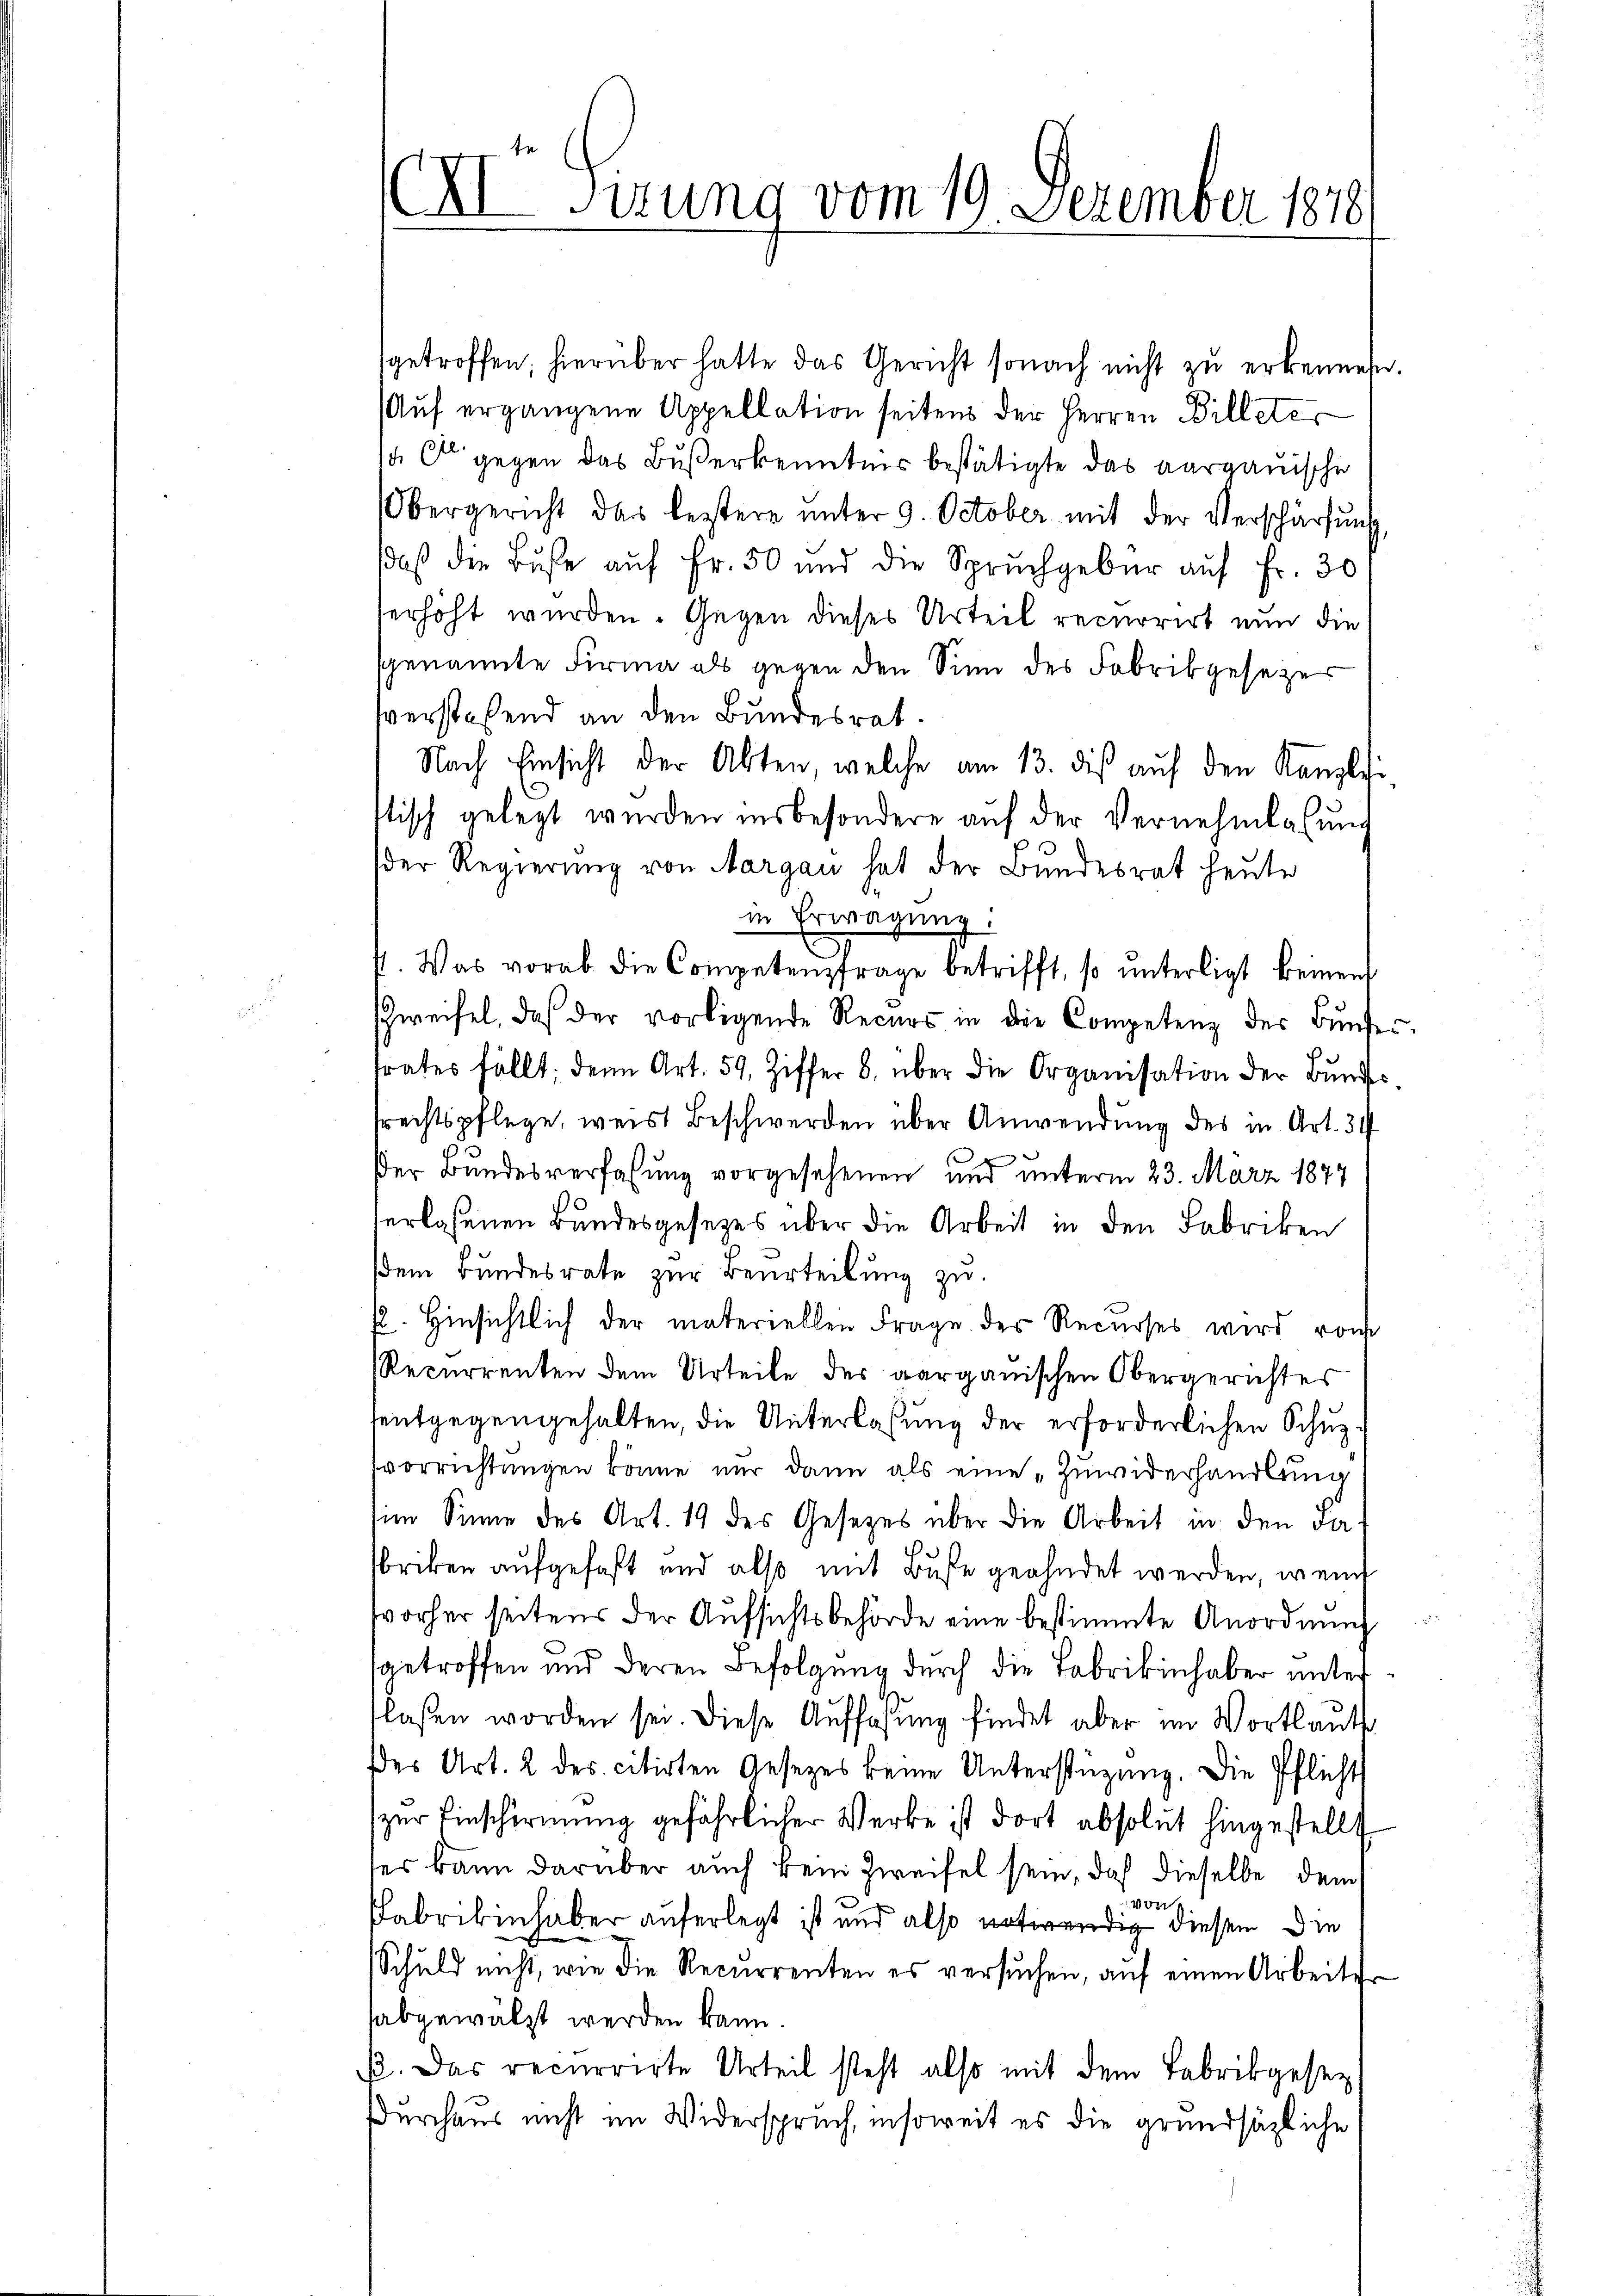
sgetroffen, hierüber hatte das Gericht sonach nicht zŭ erkennen.
Auf ergangene Appellation seitens der Herren Billeter
14. O gegen das Bußerkenntnis bestätigte das aargauische
Obergericht das leztere ŭnter 9. October mit der Verschärfung
daß die Buße auf Fr. 50 und die Spruchgeber auf Fr. 30
erhöht wurden. Gegen dieses Urteil recurrirt nun die
sgenannte Firma als gegen den Sinn des Fabrikgesezer
sverstehend an den Bundesrat.
Nach Einsicht der Akten, welche am 13. dieß auf den Kanzlei
tisch gelegt wurden insbesondere auf der Vernehmlassung
der Regierung von Margau hat der Bundesrat heute
in Erwägung.
I. Was vorab die Competenzfrage betrifft, so ŭnterligt keinen
zweifel, daß der vorligende Recurs in die Competenz des Bunder.
trates fällt; denn Art. 59, Ziffer 8. über die Organisation der Bundes
rechtspflege, weist Beschwerden über Anwendung des in Art. 34
ser Bundesverfassung vorgesehenen und unterm 23. März 1874
verlassenen Bundesgesetzes über die Arbeit in den Fabriken
dem Bundesrate zur Beurteilung zu.
. Hinsichtlich der materiellen Frage des Recurses wird vom
Recurrenten dem Urteile des aarganischen Obergerichtes
tentgegengehalten, die Unterlassung der erforderlichen Schupvorrichtungen könne nur dann als eine „Zuwiderhandlung
im Sinne des Art. 19 des Gesetzes über die Arbeit in den Ja
briken aufgefaßt und also mit Buse geahndet werden, wenn
vorher seitens der Aufsichtsbehörde eine bestimmte Anordnung
sgetroffen und deren Befolgung durch die Fabrikinhaber unterlasen worden sei. Diese Auffassŭng findet aber im Wortlaut
der Art. 2 des citirten Gesetzes keine Unterstüzung. Die Pflicht
zur Einschirmung gefährlicher Werke ist dort absolut hingestellt
es kann darüber auch beim Zweifel sein, daß dieselbe dem
der
Fabrikinhaber auferlegt ist und also notwendig diesen die
Schuld nicht, wie die Recurrenten es versuchen, auf einen Arbeiter
abgewälzt werden kann.
β. Das recurrirte Urteil steht also mit dem Fabrikgesez
Durchaus nicht im Widerspruch, insoweit es die grundsätzliche

I Sirung vom 19. Dezember 1878